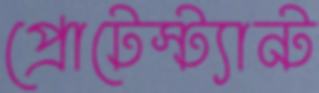
প্রোটেস্ট্যান্ট